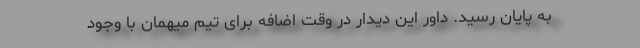
به پایان رسید. داور این دیدار در وقت اضافه برای تیم میهمان با وجود